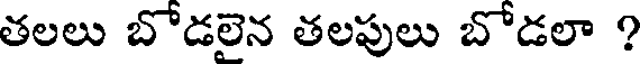
తలలు బోడలైన తలపులు బోడలా ?